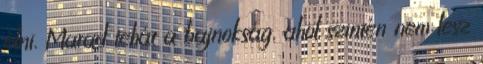
élni. Marad tehát a bajnokság, ahol szintén nem lesz